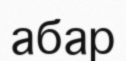
абар